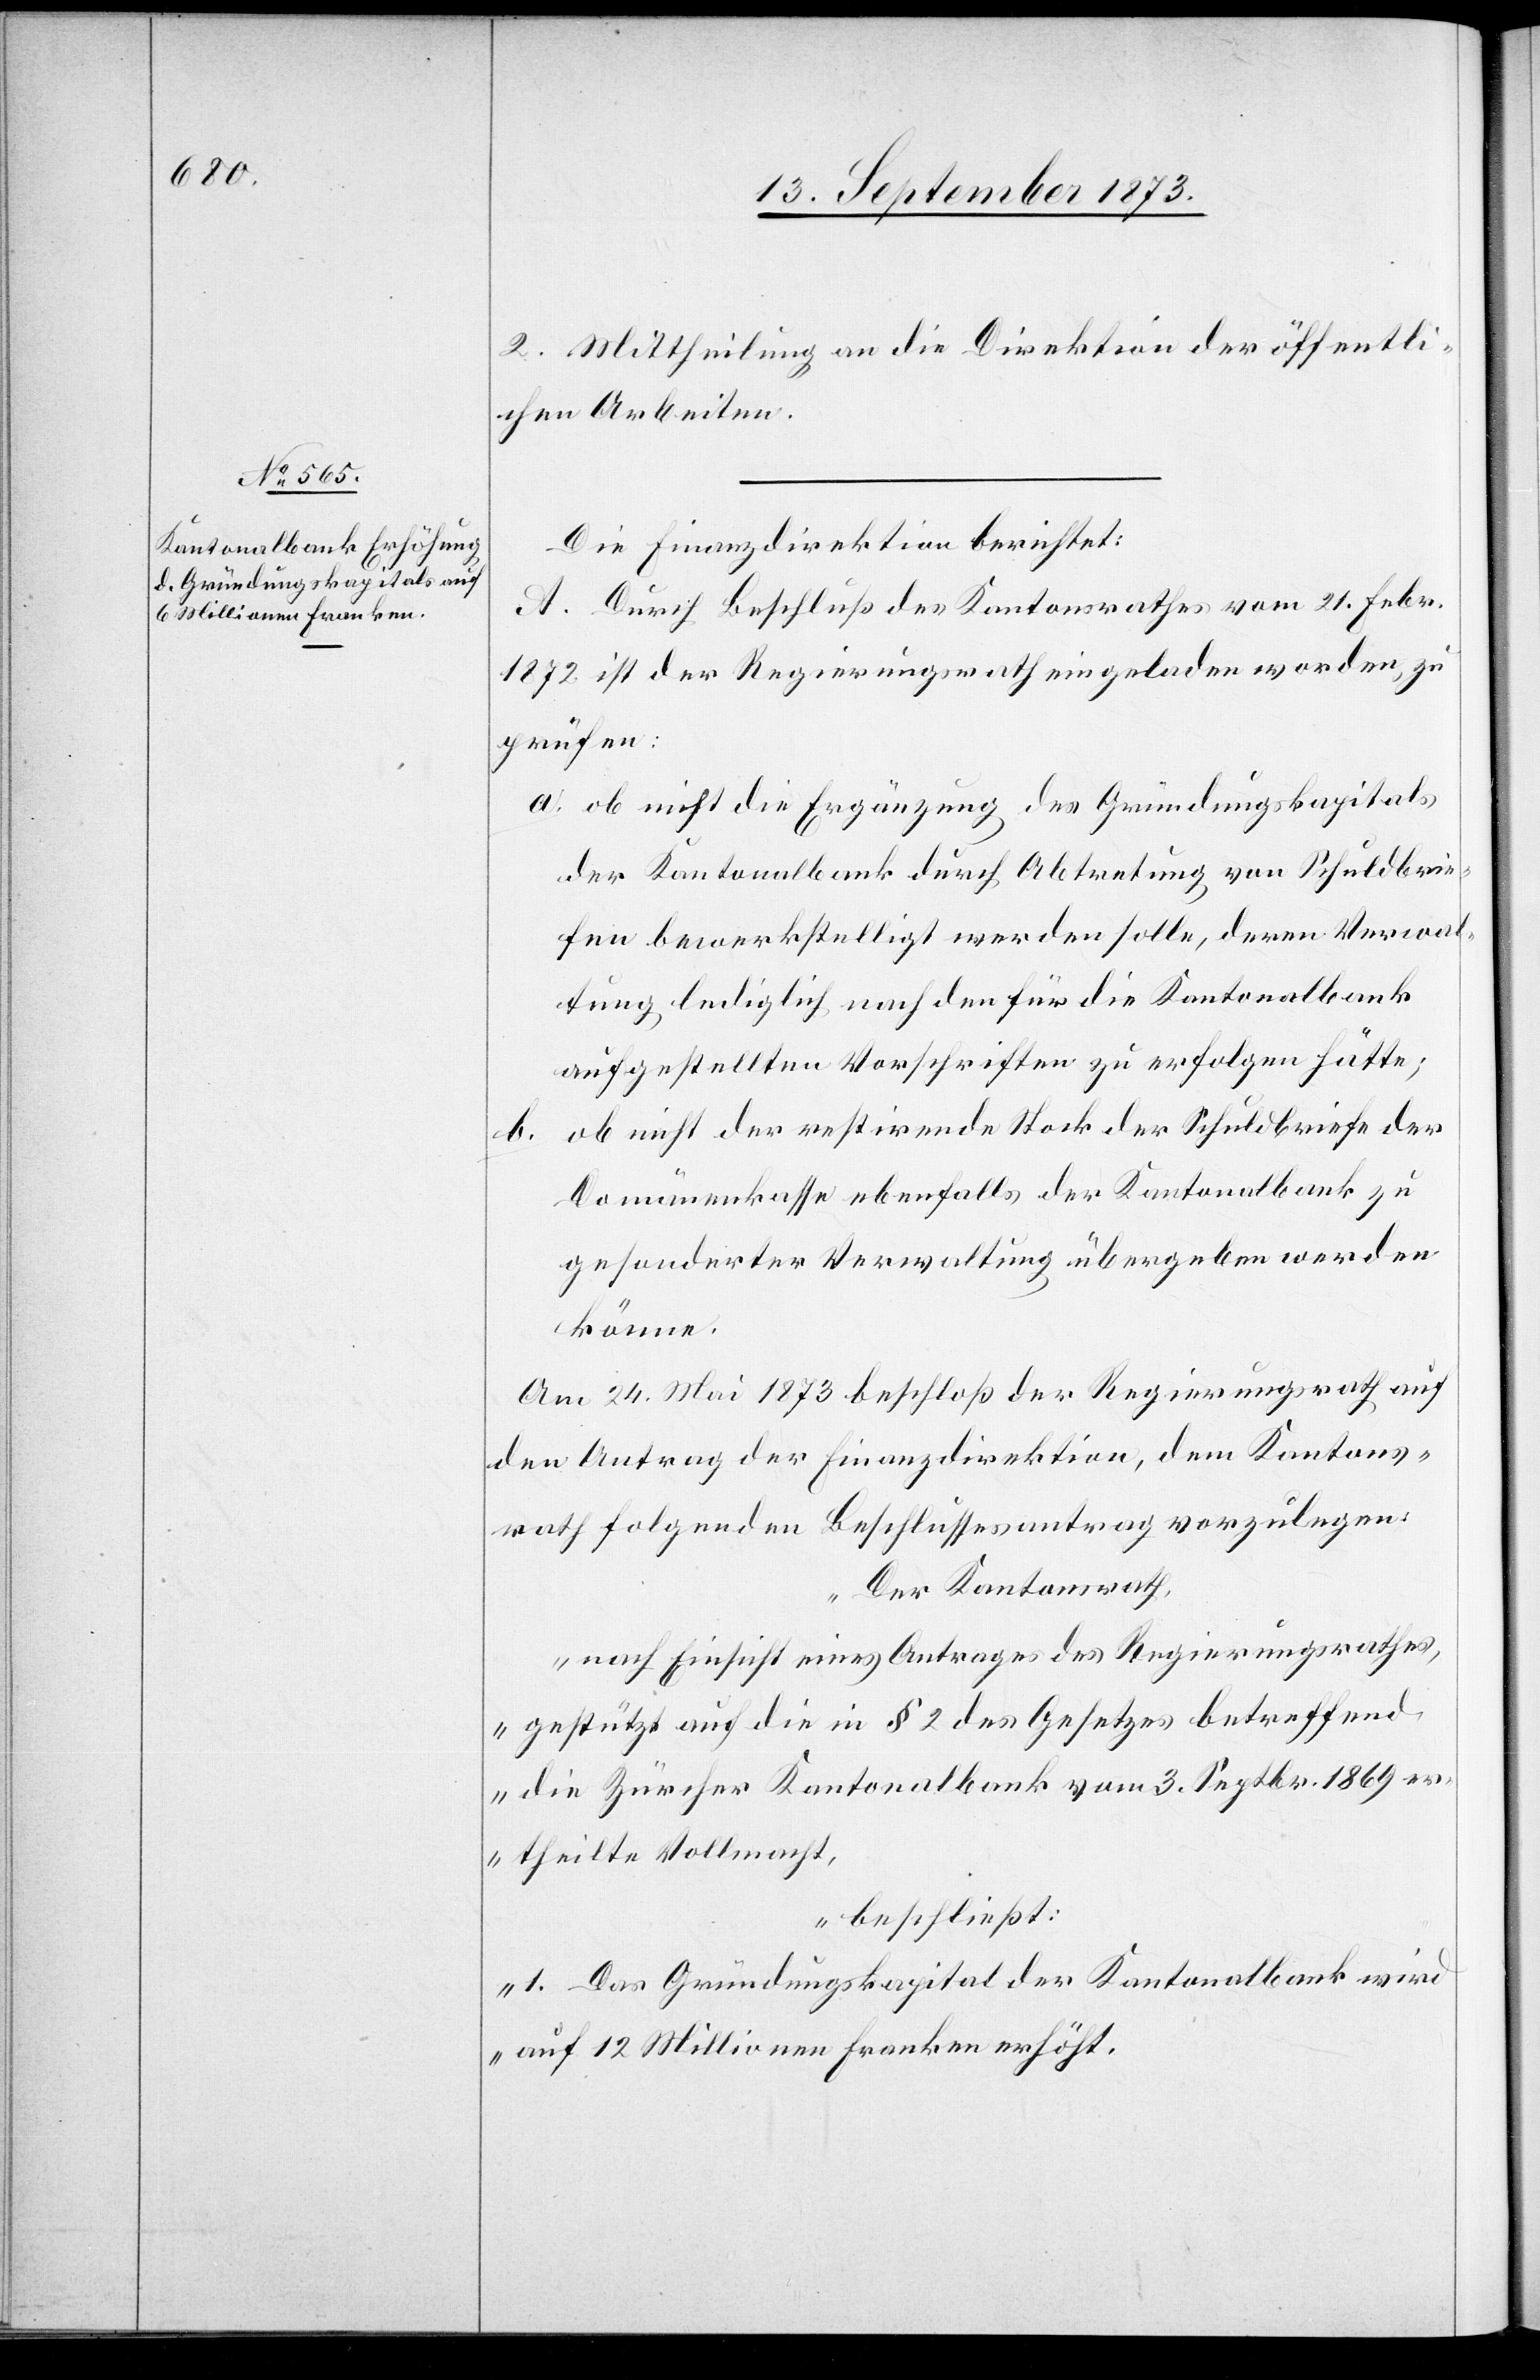
2. Mittheilung an die Direktion der öffentli¬
chen Arbeiten.
Die Finanzdirektion berichtet:
A. Durch Beschluß des Kantonsrathes vom 21. Febr.
1872 ist der Regierungsrath eingeladen worden zu
prüfen:
a. ob nicht die Ergänzung des Gründungskapitals
der Kantonalbank durch Abtretung von Schuldbrie¬
fen bewerkstelligt werden solle, deren Verwal¬
tung lediglich nach den für die Kantonalbank
aufgestellten Vorschriften zu erfolgen hätte;
ob nicht der restirende Stock der Schuldbriefe der
Domänenkasse ebenfalls der Kantonalbank zu
gesonderter Verwaltung übergeben werden
könne.
Am 24. Mai 1873 beschloß der Regierungsrath auf
den Antrag der Finanzdirektion, dem Kantons¬
rath folgenden Beschlussesantrag vorzulegen:
„Der Kantonsrath,
nach Einsicht eines Antrages des Regierungsrathes,
gestützt auf die in § 2 des Gesetzes betreffend
die Zürcher Kantonalbank vom 3. Septbr. 1869 er¬
theilte Vollmacht,
beschließt:
1. Das Gründungskapital der Kantonalbank wird
auf 12 Millionen Franken erhöht.